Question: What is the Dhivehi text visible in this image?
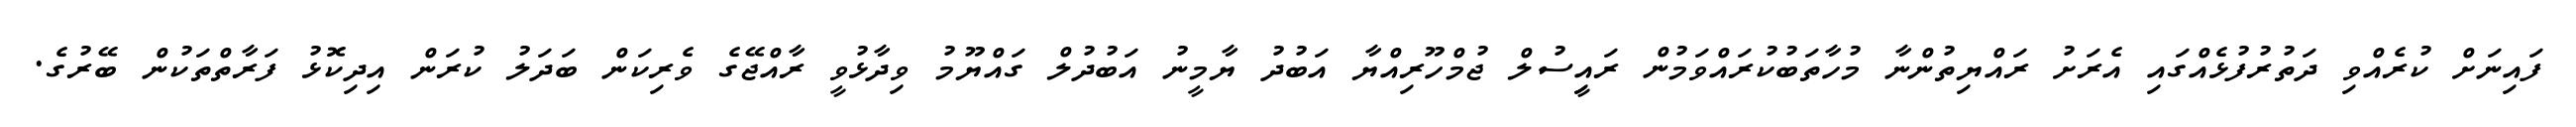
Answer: ފައިނަށް ކުރެއްވި ދަތުރުފުޅެއްގައި އެރަށު ރައްޔިތުންނާ މުހާތަބުކުރައްވަމުން ރައީިސުލް ޖުމްހޫރިއްޔާ އަބުދު ޔާމީނު އަބުދުލް ގައްޔޫމު ވިދާޅުވީ ރާއްޖޭގެ ވެރިކަން ބަދަލު ކުރަން އިދިކޮޅު ފަރާތްތަކުން ބޭރުގެ.